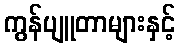
ကွန်ပျူတာများနှင့်